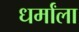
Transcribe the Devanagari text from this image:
धर्मांला